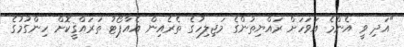
"އަދި ވީ އެންމެ އަވަހަށް ރައްޔިތުންގެ މަޖިލިހުގެ ތެރެއިން އެއާޕޯޓު ތަރައްޤީކޮށް ހިންގުމުގެ